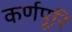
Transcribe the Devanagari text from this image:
कर्णपूरि